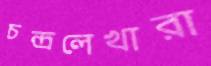
চন্দ্রলেখারা